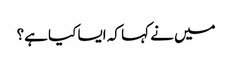
میں نے کہا کہ ایسا کیا ہے؟